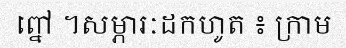
ព្នៅ ។សម្ភារៈដកហូត ៖ ក្រាម